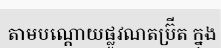
តាមបណ្តោយផ្លូវណតប្រ៊ីត ក្នុង